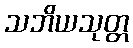
သဘိယသုတ္တ